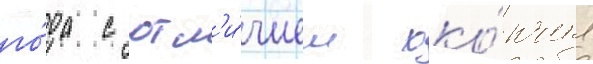
го́да с отл'и́чием око́нчил